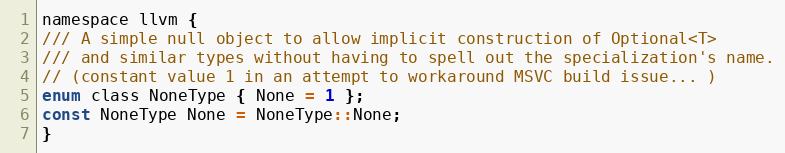
Language: C
namespace llvm {
/// A simple null object to allow implicit construction of Optional<T>
/// and similar types without having to spell out the specialization's name.
// (constant value 1 in an attempt to workaround MSVC build issue... )
enum class NoneType { None = 1 };
const NoneType None = NoneType::None;
}